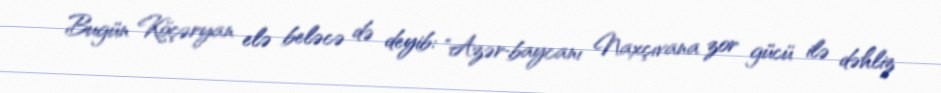
Bugün Köçəryan elə beləcə də deyib: "Azər­baycanı Naxçıvana zor gücü ilə dəhliz